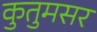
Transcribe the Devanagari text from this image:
कुतुमसर